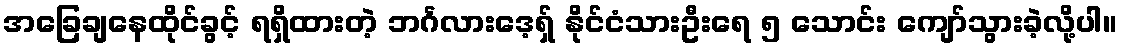
အခြေချနေထိုင်ခွင့် ရရှိထားတဲ့ ဘင်္ဂလားဒေ့ရှ် နိုင်ငံသားဦးရေ ၅ သောင်း ကျော်သွားခဲ့လို့ပါ။